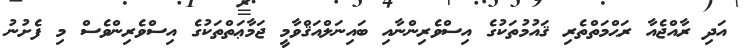
އަދި ރާއްޖެއާ ރަޙްމަތްތެރި ޤައުމުތަކުގެ އިސްވެރިންނާއި ބައިނަލްއަޤްވާމީ ޖަމާޢަތްތަކުގެ އިސްވެރިންވެސް މި ފެށުނު